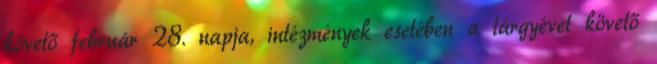
követő február 28. napja, intézmények esetében a tárgyévet követő